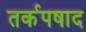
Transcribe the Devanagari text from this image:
तर्कपषाद